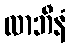
လာဘီနံ